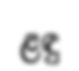
ළඳු